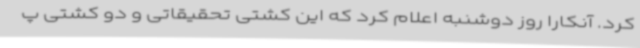
کرد. آنکارا روز دوشنبه اعلام کرد که این کشتی تحقیقاتی و دو کشتی پ